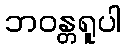
ဘဝန္တရူပါ